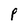
Character: P